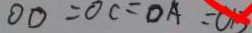
O D = O C = O A = C B